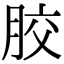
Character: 㬵